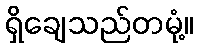
ရှိချေသည်တမုံ့။